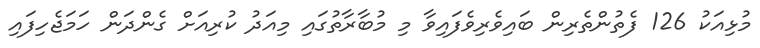
މުޅިއަކު 126 ފެތުންތެރިން ބައިވެރިވެފައިވާ މި މުބާރާތުގައި މިއަދު ކުރިއަށް ގެންދަން ހަމަޖެހިފައި